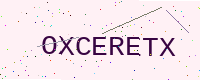
Text: OXCERETX